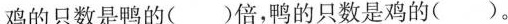
鸡的只数是鸭的( )倍，鸭的只数是鸡的( )。